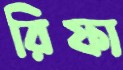
রিফা